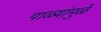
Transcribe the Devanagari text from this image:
पाळ्यांमुळे